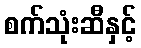
စက်သုံးဆီနှင့်